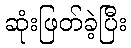
ဆုံးဖြတ်ခဲ့ပြီး